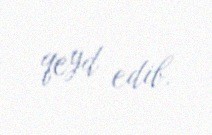
qeyd edib.